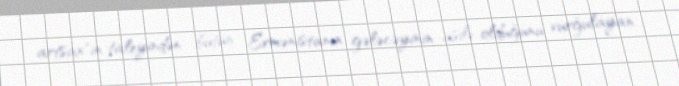
artsax"ın taleyindən bütün Ermənistanın gələcəyinin asılı olduğunu vurğulayan